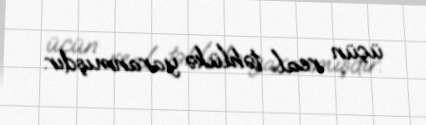
üçün real təhlükə yaranmışdır.